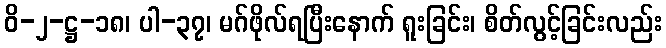
ဝိ-၂-ဋ္ဌ-၁၈၊ ပါ-၃၇၊ မဂ်ဖိုလ်ရပြီးနောက် ရူးခြင်း၊ စိတ်လွင့်ခြင်းလည်း